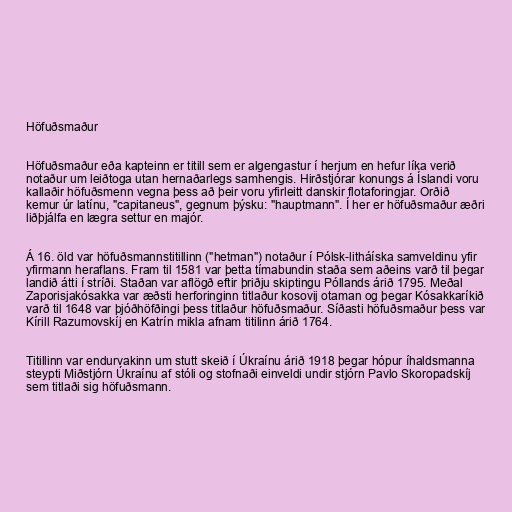
Höfuðsmaður

Höfuðsmaður eða kapteinn er titill sem er algengastur í herjum en hefur líka verið
notaður um leiðtoga utan hernaðarlegs samhengis. Hirðstjórar konungs á Íslandi voru
kallaðir höfuðsmenn vegna þess að þeir voru yfirleitt danskir flotaforingjar. Orðið
kemur úr latínu, "capitaneus", gegnum þýsku: "hauptmann". Í her er höfuðsmaður æðri
liðþjálfa en lægra settur en majór.

Á 16. öld var höfuðsmannstitillinn ("hetman") notaður í Pólsk-litháíska samveldinu yfir
yfirmann heraflans. Fram til 1581 var þetta tímabundin staða sem aðeins varð til þegar
landið átti í stríði. Staðan var aflögð eftir þriðju skiptingu Póllands árið 1795. Meðal
Zaporisjakósakka var æðsti herforinginn titlaður kosovij otaman og þegar Kósakkaríkið
varð til 1648 var þjóðhöfðingi þess titlaður höfuðsmaður. Síðasti höfuðsmaður þess var
Kírill Razumovskíj en Katrín mikla afnam titilinn árið 1764.

Titillinn var endurvakinn um stutt skeið í Úkraínu árið 1918 þegar hópur íhaldsmanna
steypti Miðstjórn Úkraínu af stóli og stofnaði einveldi undir stjórn Pavlo Skoropadskíj
sem titlaði sig höfuðsmann.